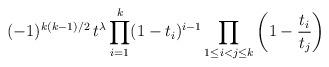
LaTeX: \begin{align*}(-1)^{k(k-1)/2}\,t^\lambda \prod_{i=1}^k (1-t_i)^{i-1} \prod_{1\leq i<j \leq k}\left(1 - \frac{t_i}{t_j}\right)\end{align*}